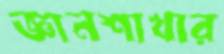
জ্ঞানশাখার